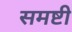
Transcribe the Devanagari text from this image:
समष्टी